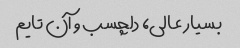
بسیار عالی، دلچسب و آن تایم